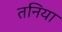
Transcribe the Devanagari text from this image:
तनिया